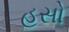
હસો